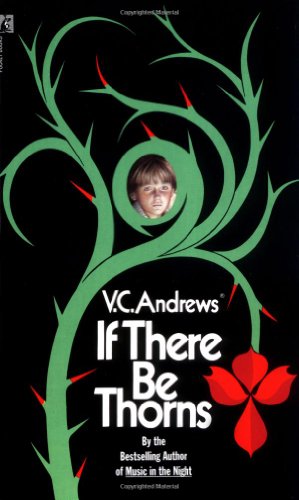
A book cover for If There Be Thorns (Dollanganger); V.C. Andrews; Literature & Fiction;